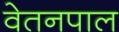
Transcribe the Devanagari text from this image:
वेतनपाल